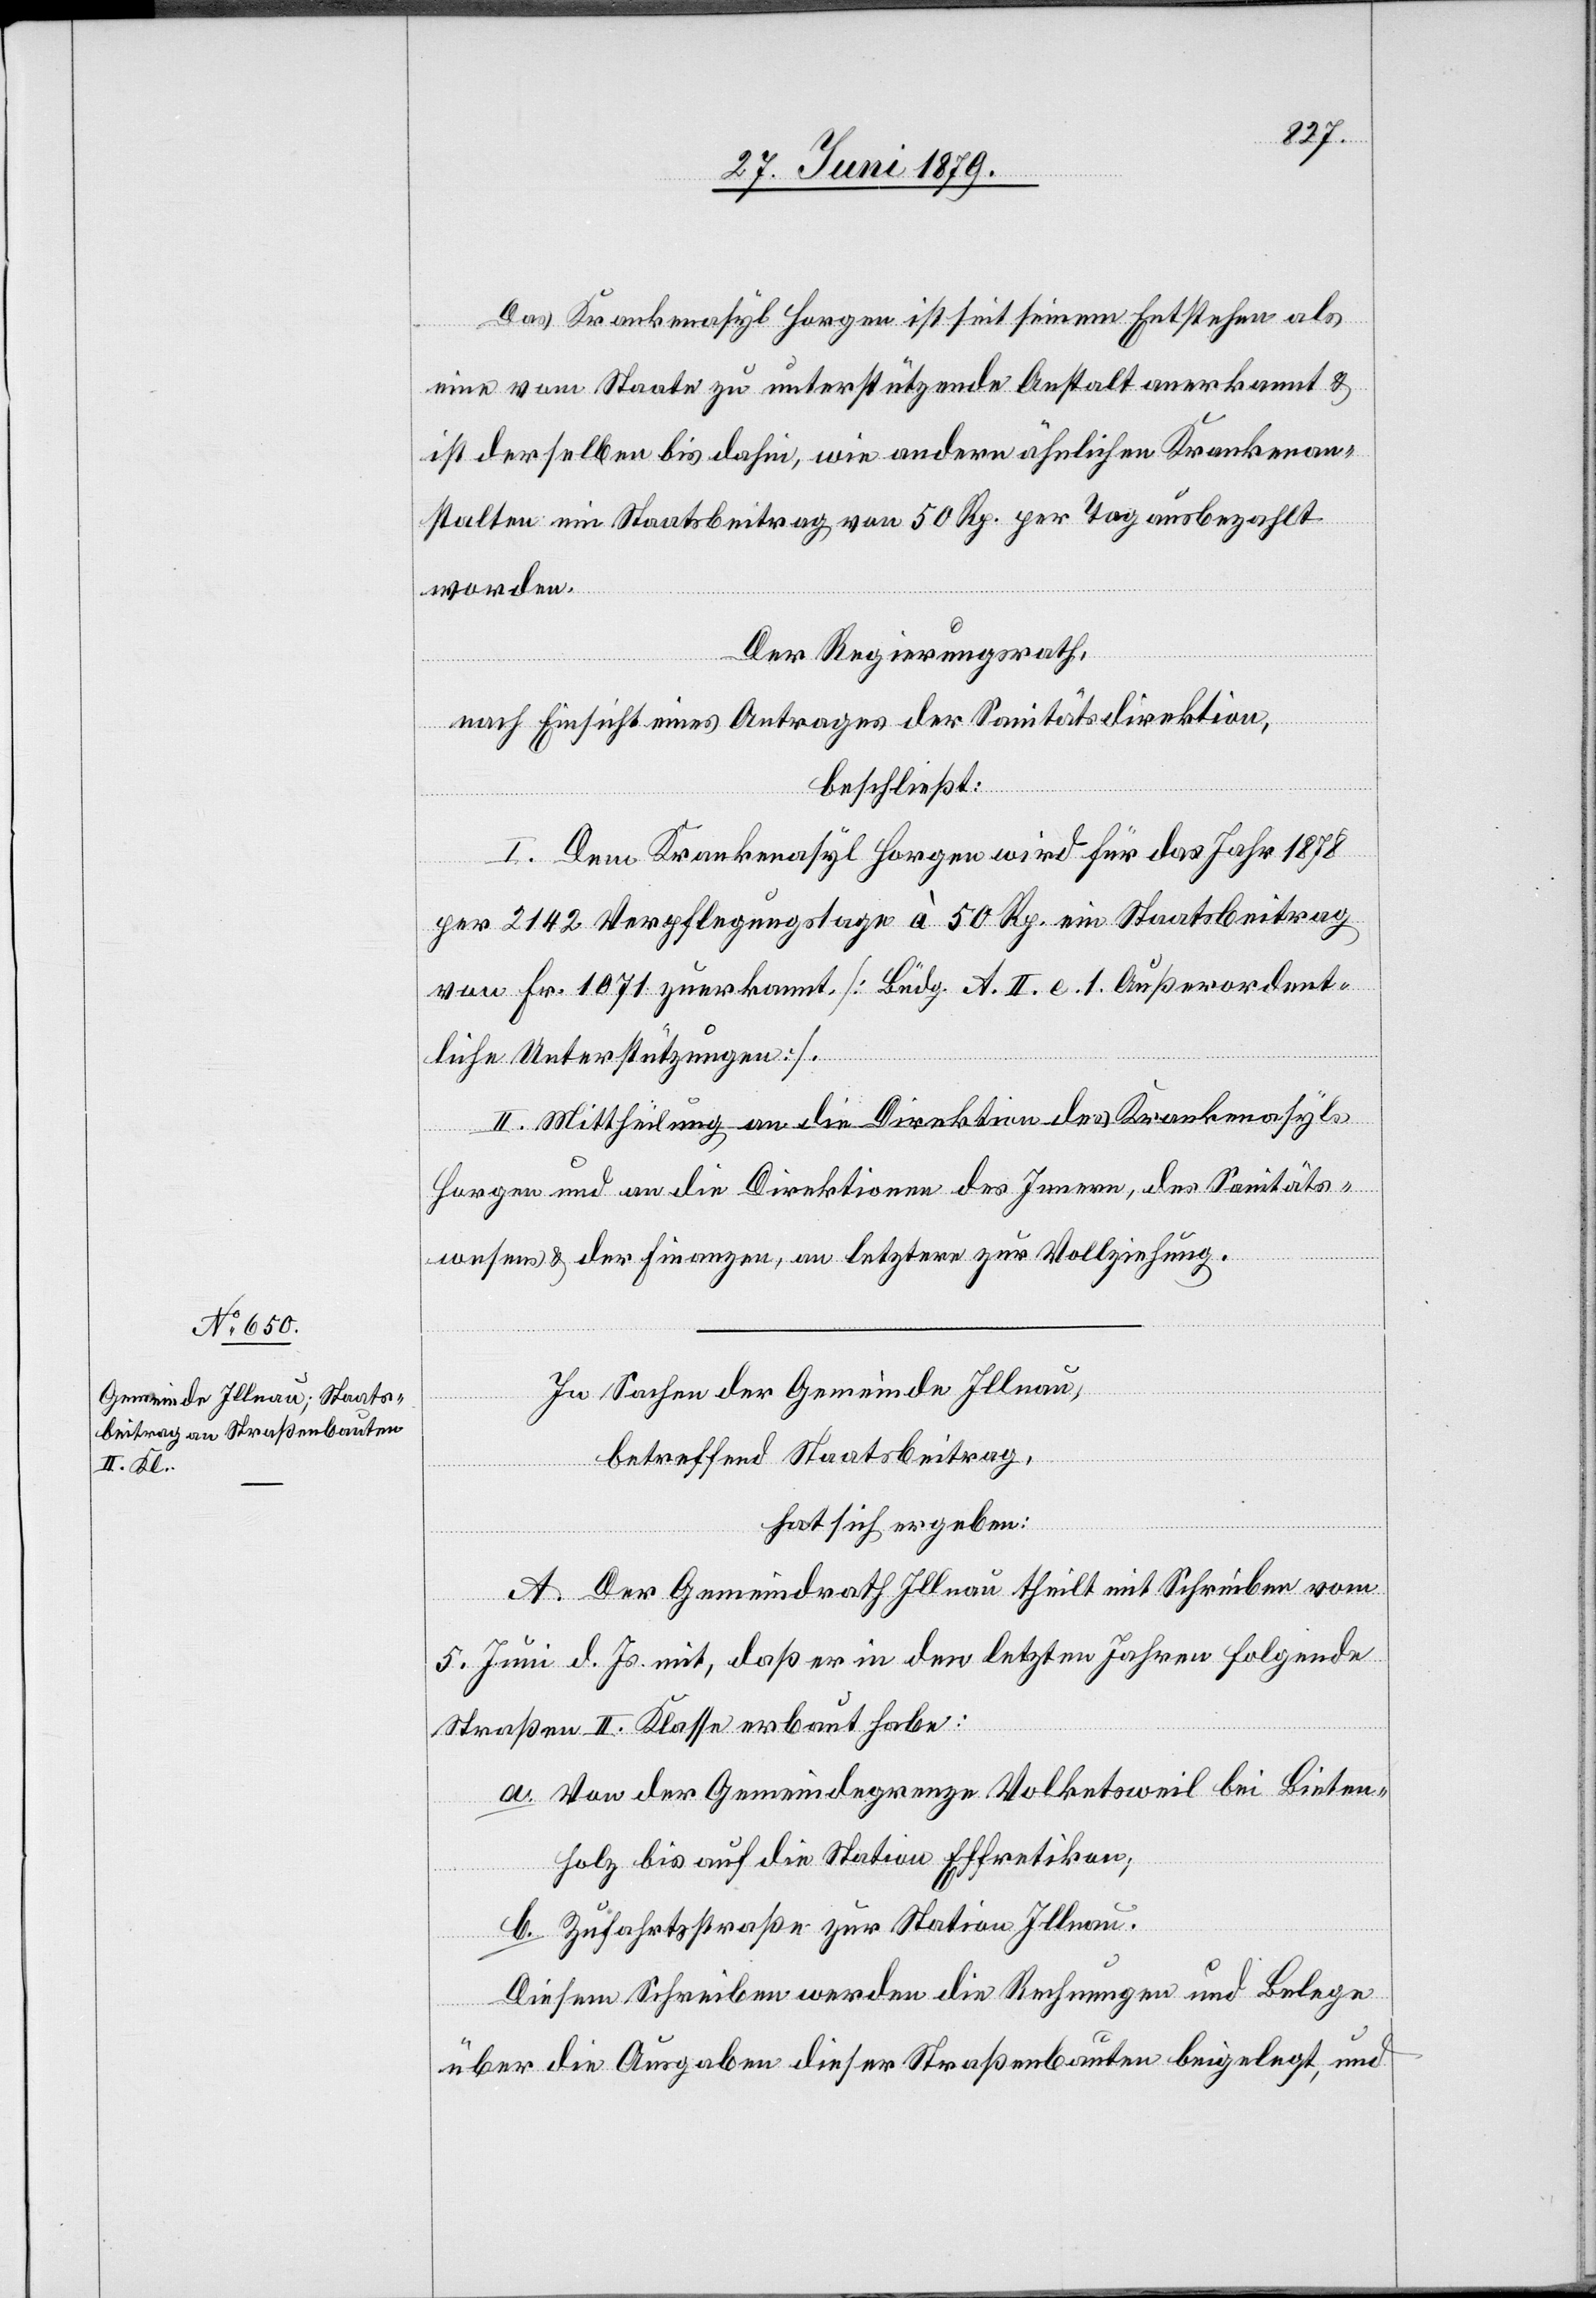
Das Krankenasyl Horgen ist seit seinem Entstehen als
eine vom Staate zu unterstützende Anstalt anerkannt &
ist derselben bis dahin, wie andern ähnlichen Krankenan¬
stalten ein Staatsbeitrag von 50 Rp. per Tag ausbezahlt
worden.
Der Regierungsrath,
nach Einsicht eines Antrages der Sanitätsdirektion,
beschließt:
I. Dem Krankenasyl Horgen wird für das Jahr 1878
per 2142 Verpflegungstage à 50 Rp. ein Staatsbeitrag
von Fr. 1071 zuerkannt. [Büdg. A. II. e. 1. Außerordent¬
liche Unterstützungen].
II. Mittheilung an die Direktion des Krankenasyls
Horgen und an die Direktionen des Innern, des Sanitäts¬
wesens & der Finanzen, an letztere zur Vollziehung.
In Sachen der Gemeinde Illnau,
betreffend Staatsbeitrag,
hat sich ergeben:
A. Der Gemeindrath Illnau theilt mit Schreiben vom
5. Juni d. Js. mit, daß er in den letzten Jahren folgende
Straßen II. Klasse erbaut habe:
a. Von der Gemeindegrenze Volketsweil bei Bieten¬
holz bis auf die Station Effretikon;
b. Zufahrtsstraße zur Station Illnau.
Diesem Schreiben werden die Rechnungen und Belege
über die Ausgaben dieser Straßenbauten beigelegt, und